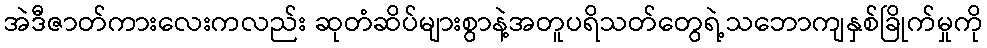
အဲဒီဇာတ်ကားလေးကလည်း ဆုတံဆိပ်များစွာနဲ့အတူပရိသတ်တွေရဲ့သဘောကျနှစ်ခြိုက်မှုကို